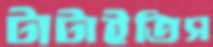
টাটাইতিস